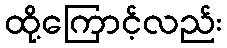
ထို့ကြောင့်လည်း